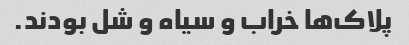
پلاک‌ها خراب و سیاه و شل بودند.